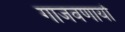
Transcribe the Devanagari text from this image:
गाजवणार्या